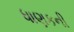
ધાણકની